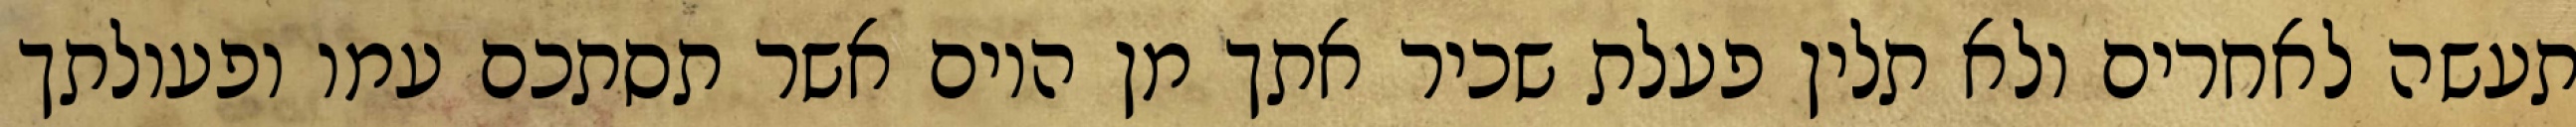
תעשה לאחרים ולא תלין פעלת שכיר אתך מן היום אשר תסתכם עמו ופעולתך